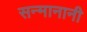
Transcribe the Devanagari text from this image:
सन्मानानी